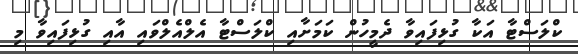
ކްލަސްޓާ އަކާ ގުޅިފައިވާ ދެމީހުން ކަމަށާއި ކްލަސްޓާ އެލްއެލްވައި އާއި ގުޅިފައިވާ މި